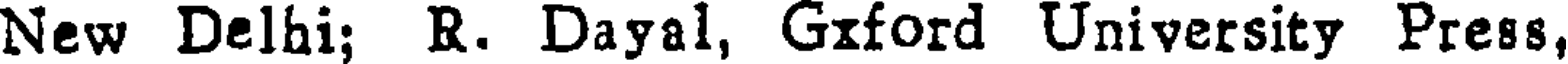
New Delhi; R. Dayal, Gxford University Press,